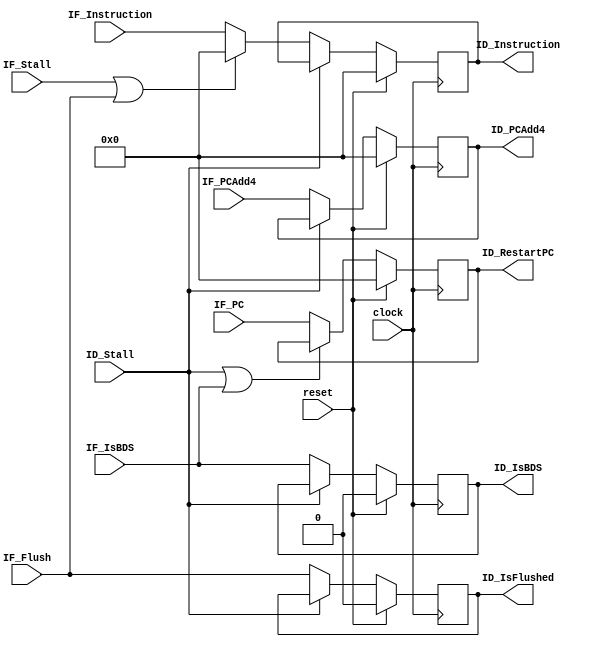
`timescale 1ns / 1ps
/*
 * Project      : University of Utah, XUM Project MIPS32 core
 * Creator(s)   : Grant Ayers (ayers@cs.utah.edu)
 *
 * Modification History:
 *   Rev   Date         Initials  Description of Change
 *   1.0   9-Jun-2011   GEA       Initial design.
 *   2.0   26-Jul-2012  GEA       Many updates have been made.
 *
 * Standards/Formatting:
 *   Verilog 2001, 4 soft tab, wide column.
 *
 * Description:
 *   The Pipeline Register to bridge the Instruction Fetch
 *   and Instruction Decode stages.
 */
module IFID_Stage(
    input  clock,
    input  reset,
    input  IF_Flush,
    input  IF_Stall,
    input  ID_Stall,
    // Control Signals
    input  [31:0] IF_Instruction,
    // Data Signals
    input  [31:0] IF_PCAdd4,
    input  [31:0] IF_PC,
    input  IF_IsBDS,
    // ------------------
    output reg [31:0] ID_Instruction,
    output reg [31:0] ID_PCAdd4,
    output reg [31:0] ID_RestartPC,
    output reg ID_IsBDS,
    output reg ID_IsFlushed
    );
    
    /***
     The purpose of a pipeline register is to capture data from one pipeline stage
     and provide it to the next pipeline stage. This creates at least one clock cycle
     of delay, but reduces the combinatorial path length of signals which allows for
     higher clock speeds.
     
     All pipeline registers update unless the forward stage is stalled. When this occurs
     or when the current stage is being flushed, the forward stage will receive data that
     is effectively a NOP and causes nothing to happen throughout the remaining pipeline
     traversal. In other words:
     
     A stall masks all control signals to forward stages. A flush permanently clears
     control signals to forward stages (but not certain data for exception purposes).
    ***/
     
    
    /***
     The signal 'ID_IsFlushed' is needed because of interrupts. Normally, a flushed instruction
     is a NOP which will never cause an exception and thus its restart PC will never be needed
     or used. However, interrupts are detected in ID and may occur when any instruction, flushed
     or not, is in the ID stage. It is an error to save the restart PC of a flushed instruction
     since it was never supposed to execute (such as the "delay slot" after ERET or the branch
     delay slot after a canceled Branch Likely instruction). A simple way to prevent this is to
     pass a signal to ID indicating that its instruction was flushed. Interrupt detection is then
     masked when this signal is high, and the interrupt will trigger on the next instruction load to ID.
    ***/
    
    always @(posedge clock) begin
        ID_Instruction <= (reset) ? 32'b0 : ((ID_Stall) ? ID_Instruction : ((IF_Stall | IF_Flush) ? 32'b0 : IF_Instruction));
        ID_PCAdd4      <= (reset) ? 32'b0 : ((ID_Stall) ? ID_PCAdd4                                       : IF_PCAdd4);
        ID_IsBDS       <= (reset) ? 1'b0  : ((ID_Stall) ? ID_IsBDS                                        : IF_IsBDS);
        ID_RestartPC   <= (reset) ? 32'b0 : ((ID_Stall | IF_IsBDS) ? ID_RestartPC                         : IF_PC);
        ID_IsFlushed   <= (reset) ? 1'b0  : ((ID_Stall) ? ID_IsFlushed                                    : IF_Flush);
    end

endmodule